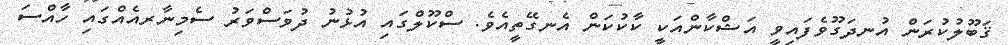
ޤަބޫލުކުރަން އުނދަގޫވެފައިވީ އަޝްކާންއަކީ ކާކުކަން އެނގޭތީއެވެ. ސްކޫލްގައި އުޅުނު ދުވަސްވަރު ސެމިނާރއެއްގައި ހާއްސަ